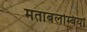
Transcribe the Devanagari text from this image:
मताबलम्बियों